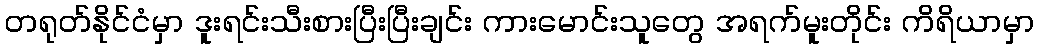
တရုတ်နိုင်ငံမှာ ဒူးရင်းသီးစားပြီးပြီးချင်း ကားမောင်းသူတွေ အရက်မူးတိုင်း ကိရိယာမှာ